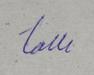
Signature authenticity: genuine